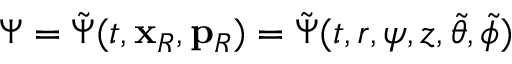
\Psi = \tilde { \Psi } ( t , \mathbf { x } _ { R } , \mathbf { p } _ { R } ) = \tilde { \Psi } ( t , r , \psi , z , \tilde { \theta } , \tilde { \phi } )